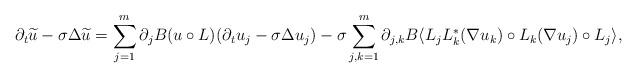
LaTeX: \begin{align*}\partial_t\widetilde{u}-\sigma\Delta\widetilde{u}=\sum_{j=1}^m \partial_j B(u\circ L)(\partial_t u_j-\sigma\Delta u_j) -\sigma\sum_{j,k=1}^m\partial_{j,k}B\langle L_jL_k^*(\nabla u_k)\circ L_k(\nabla u_j)\circ L_j\rangle,\end{align*}